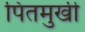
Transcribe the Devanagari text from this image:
पितमुखी